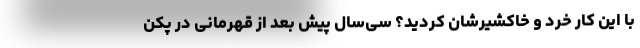
با این کار خرد و خاکشیرشان کردید؟ سی‌سال پیش بعد از قهرمانی در پکن